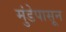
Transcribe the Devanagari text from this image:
मुंडेपासून